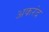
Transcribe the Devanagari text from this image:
अकरंद